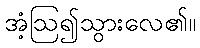
အံ့ဩ၍သွားလေ၏။